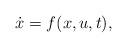
LaTeX: \begin{align*} \dot{x}=f(x,u,t),\end{align*}